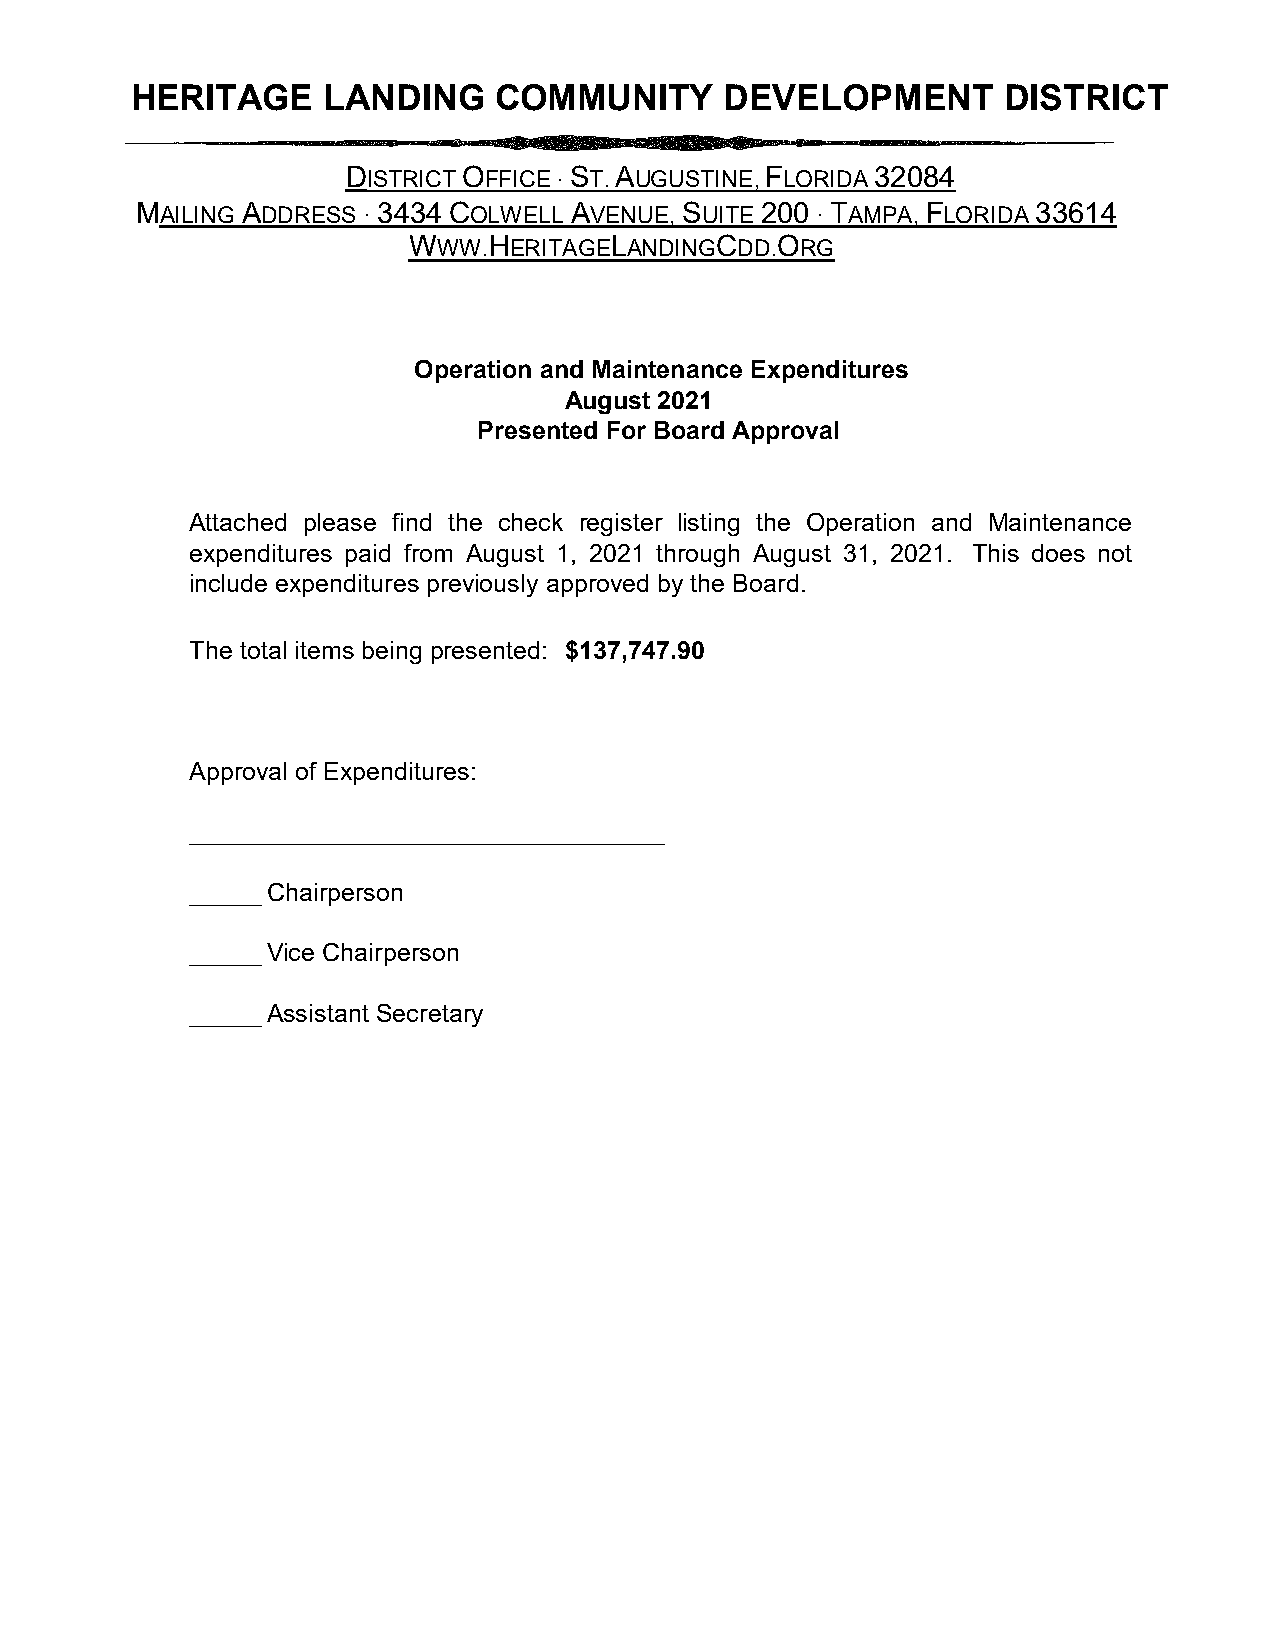
HERITAGE     LANDING    COMMUNITY       DEVELOPMENT       DISTRICT
 DISTRICT OFFICE · ST. AUGUSTINE, FLORIDA 32084
 MAILING ADDRESS · 3434 COLWELL AVENUE, SUITE 200 · TAMPA, FLORIDA 33614
 WWW.HERITAGELANDINGCDD.ORG
 Operation and Maintenance Expenditures
 August 2021
 Presented For Board Approval
 Attached please find the check register listing the Operation and Maintenance
 expenditures paid from August 1, 2021 through August 31, 2021. This does not
 include expenditures previously approved by the Board.
 The total items being presented: $137,747.90
 Approval of Expenditures:
 __________________________________
 ______Chairperson
 ______Vice Chairperson
 ______Assistant Secretary